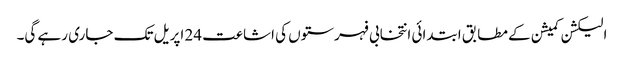
الیکشن کمیشن کے مطابق ابتدائی انتخابی فہرستوں کی اشاعت 24 اپریل تک جاری رہے گی۔